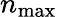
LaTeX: n_{\mathrm{{max}}}